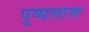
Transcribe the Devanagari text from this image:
पुष्पलाल